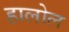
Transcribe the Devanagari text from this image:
हालोल